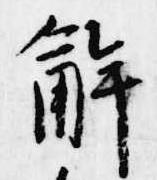
解